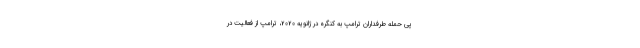
پی حمله طرفداران ترامپ به کنگره در ژانویه 2020، ترامپ از فعالیت در